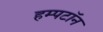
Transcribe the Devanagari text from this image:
हम्पटॉन